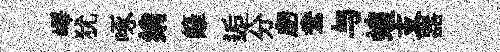
嶧犹啄绡籬逅分虧鴦与蝗支器